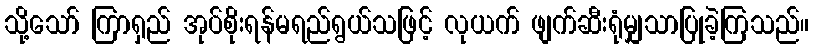
သို့သော် ကြာရှည် အုပ်စိုးရန်မရည်ရွယ်သဖြင့် လုယက် ဖျက်ဆီးရုံမျှသာပြုခဲ့ကြသည်။